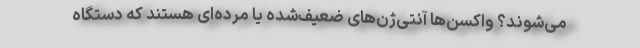
می‌شوند؟ واکسن‌ها آنتی‌ژن‌های ضعیف‌شده یا مرده‌ای هستند که دستگاه